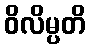
ဝိလိမ္ပတိ